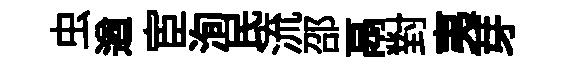
虫遒宦洵民流邵鬲對夷芽